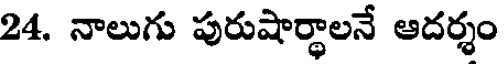
24. నాలుగు పురుషార్థాలనే ఆదర్శం